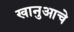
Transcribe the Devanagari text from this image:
खानुआचे